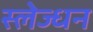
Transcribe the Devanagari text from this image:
स्लेज्धन